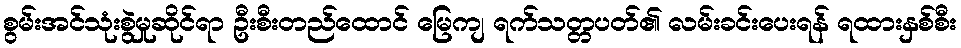
စွမ်းအင်သုံးစွဲမှုဆိုင်ရာ ဦးစီးတည်ထောင် မြေကျ ရက်သတ္တပတ်၏ လမ်းခင်းပေးရန် ရထားနှစ်စီး